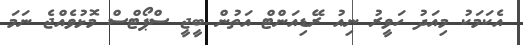
އެކަމަކު މިއަދު ހަވީރު ނިއު ރޭޑިއަންޓް އަތުން ބީޖީ ސްޕޯޓްސް މޮޅުވެއްޖެ ނަމަ